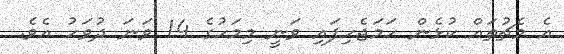
އެ މެޗުތައް ކުޅެން ހަމަޖެހިފައި ވަނީ މިމަހުގެ 14 ވަނަ ދުވަހު އެވެ.